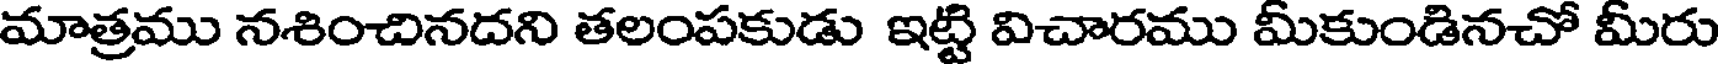
మాత్రము నశించినదని తలంపకుడు ఇట్టి విచారము మీకుండినచో మీరు